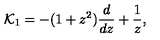
{ \cal K } _ { 1 } = - ( 1 + z ^ { 2 } ) { \frac { d } { d z } } + { \frac { 1 } { z } } ,